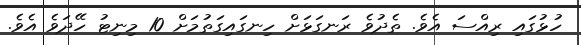
ހުޅުގައި ރިއްސަ އެވެ. ތެދުވެ ރަނގަޅަށް ހިނގައިގަތުމަށް 10 މިނިޓު ހޭދަވެ އެވެ.